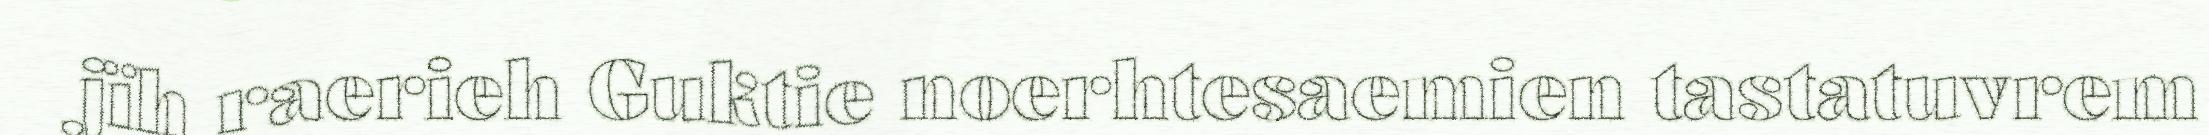
jïh raerieh Guktie noerhtesaemien tastatuvrem